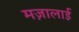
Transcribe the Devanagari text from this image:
मज़ालाई